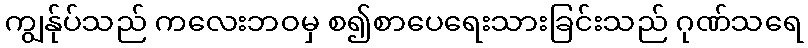
ကျွန်ုပ်သည် ကလေးဘဝမှ စ၍စာပေရေးသားခြင်းသည် ဂုဏ်သရေ